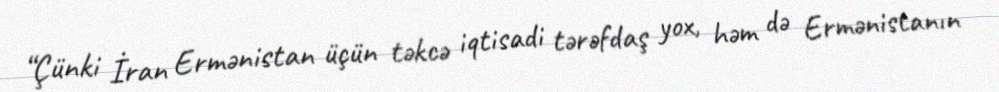
“Çünki İran Ermənistan üçün təkcə iqtisadi tərəfdaş yox, həm də Ermənistanın